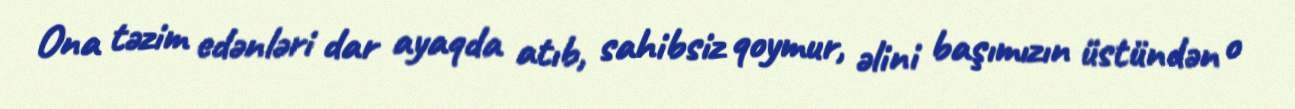
Ona təzim edənləri dar ayaqda atıb, sahibsiz qoymur, əlini başımızın üstündən o